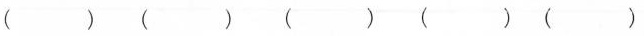
( ) ( ) ( ) ( ) ( )